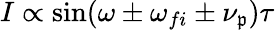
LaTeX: I\propto\sin(\omega\pm\omega_{fi}\pm\nu_{\mathfrak{p}})\tau